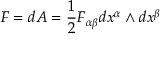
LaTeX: F = d A = { \frac { 1 } { 2 } } F _ { \alpha \beta } d x ^ { \alpha } \wedge d x ^ { \beta }